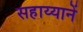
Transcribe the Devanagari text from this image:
सहाय्यानें